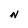
Character: N